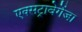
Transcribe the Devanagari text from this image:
एक्सट्रावेगेंजा